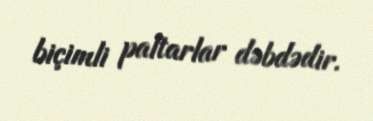
biçimli paltarlar dəbdədir.